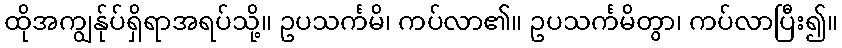
ထိုအကျွန်ုပ်ရှိရာအရပ်သို့။ ဥပသင်္ကမိ၊ ကပ်လာ၏။ ဥပသင်္ကမိတွာ၊ ကပ်လာပြီး၍။